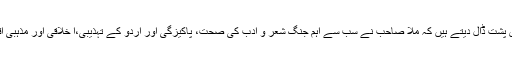
وہ دیدہ و دانستہ اس حقیقت کو پس پشت ڈال دیتے ہیں کہ ملّا صاحب نے سب سے اہم جنگ شعر و ادب کی صحت، پاکیزگی اور اردو کے تہذیبی،ا خلاقی اور مذہبی اقدار کے تحفظ کے لئے لڑی تھی۔